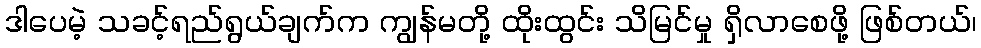
ဒါပေမဲ့ သခင့်ရည်ရွယ်ချက်က ကျွန်မတို့ ထိုးထွင်း သိမြင်မှု ရှိလာစေဖို့ ဖြစ်တယ်၊